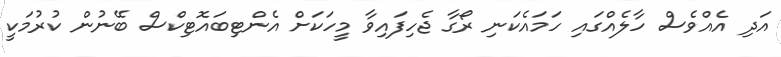
އަދި އެއްވެސް ހާލެއްގައި ހަމައެކަނި ރޯގާ ޖެހިފައިވާ މީހަކަށް އެންޓިބައޮޓިކްސް ބޭނުން ކުރުމަކީ